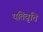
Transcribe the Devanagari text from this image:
यतिवृत्ति